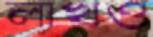
লাখও